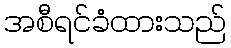
အစီရင်ခံထားသည်